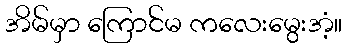
အိမ်မှာ ကြောင်မ ကလေးမွေးအံ့။